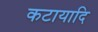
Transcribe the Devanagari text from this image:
कटायादि